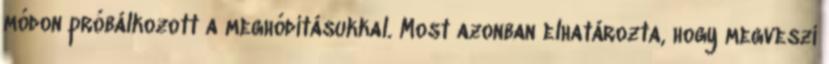
módon próbálkozott a meghódításukkal. Most azonban elhatározta, hogy megveszi